Annual administration report of the Civil Veterinary Department of India - 1895-1896
Year: 1895
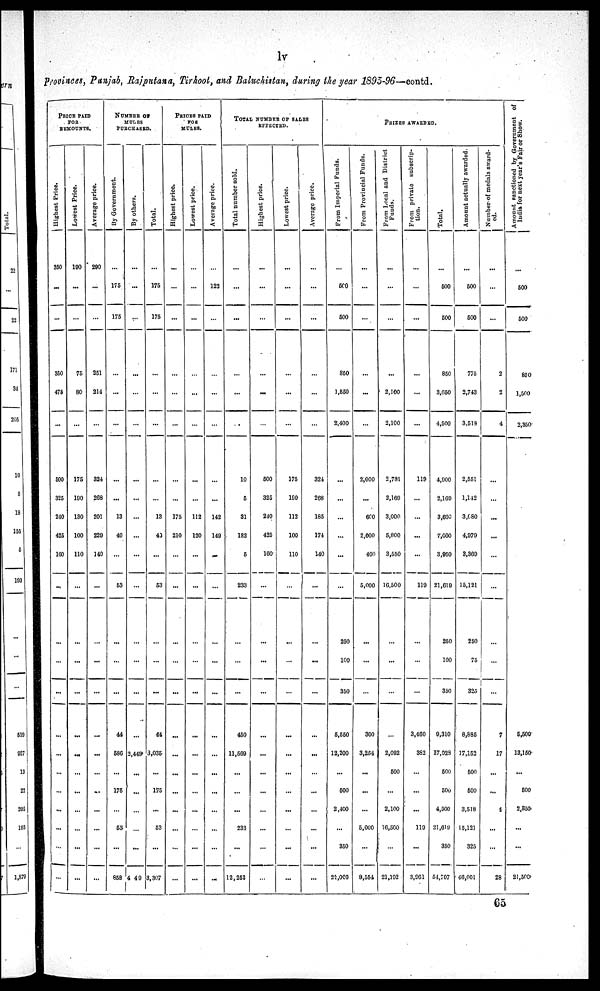
lv
Provinces, Punjab, Rajputana, Tirhool, and Baluchistan, during the year 1895-96—contd.
PRICE PAID
FOR BEMOUNTS.
Highest Price.
350
...
...
350
475
...
500
325
240
425
160
...
...
...
...
...
...
...
...
...
...
...
Lowest Price.
190
...
...
76
80
...
175
190
130
100
110
...
...
...
...
...
...
...
...
...
...
Average price.
290
...
251
214
...
324
268
201
229
140
...
...
...
...
...
...
...
...
...
...
NUMBER OF
MULES
PURCHASED.
By Government.
...
175
175
...
...
...
...
...
13
40
...
53
...
...
44
586
...
175
...
53
...
858
By others.
...
...
...
...
...
...
...
...
...
...
...
...
2,449
...
...
...
...
...
4 49
Total.
...
175
175
...
...
...
...
...
13
40
...
53
...
...
44
3,035
...
175
...
53
...
3,307
PRICES PAID
FOR MULES.
Highest price.
...
...
...
...
...
...
...
175
210
...
...
...
...
...
...
...
...
...
...
Lowest price.
...
...
...
...
...
...
...
112
120
...
...
...
...
...
...
...
...
...
...
...
Average price.
...
122
...
...
...
...
...
142
149
...
...
...
...
...
...
...
...
...
...
...
TOTAL NUMBER OF SALES
EFFECTED.
Total number sold.
...
...
...
...
...
...
10
5
31
182
5
233
...
...
450
11,569
...
...
...
233
...
12,252
Highest price.
...
...
...
...
...
500
325
240
425
160
...
...
...
...
...
...
...
...
...
...
...
Lowest price.
...
...
...
...
...
175
190
112
100
110
...
...
...
...
...
...
...
...
...
...
...
Average price.
...
...
...
...
...
...
324
268
185
171
140
...
...
...
...
...
...
...
...
...
...
...
PRIZES AWARDED.
From Imperial Funds.
...
500
600
860
1,550
2,400
...
...
...
...
...
...
250
100
350
6,550
12,200
...
500
2,400
...
350
21,006
From Provincial Funds.
...
...
...
...
2,000
...
6C0
2,000
400
5,000
...
...
300
3,254
...
...
...
5,000
...
8,554
From Local and District
Funds.
...
...
...
2,100
2,100
2,731
2,169
3,000
5,000
3,550
16,500
...
...
...
2,092
500
...
2,100
16,500
...
21,192
From private subscrip-
tion.
...
...
...
...
...
...
119
...
...
...
...
119
...
...
3,400
3S2
...
...
...
119
...
3,961
Total.
...
600
600
850
3,650
4,500
4,900
2,169
3,600
7,000
3,950
21,619
250
100
350
9,310
17,928
500
500
4,500
21,619
350
54,707
Amount actually awarded.
...
600
500
775
2,743
3.519
2,551
1,142
3,(80
4,979
3,369
15,121
250
75
325
8,885
17,152
500
500
3,518
15,121
325
46,001
Number of medals award-
ed.
...
...
2
2
4
...
...
...
...
...
...
...
...
7
17
...
...
4
...
...
28
Amount sanctioned by Government of
India for next year's Fair or Show.
...
500
500
850
l,500
2,350
...
...
6,500
13,150
...
600
2,850
...
...
21,500
65